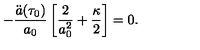
- \frac { \ddot { a } ( \tau _ { 0 } ) } { a _ { 0 } } \left[ \frac { 2 } { a _ { 0 } ^ { 2 } } + \frac { \kappa } { 2 } \right] = 0 .